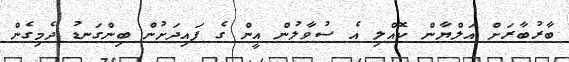
ބާރުބާރަށް އަލްޔާން ކޮއްލި އެ ސުވާލުން އީން ގެ ފައިދަށުން ބިންގަނޑު ދެމިގެން